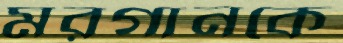
মরগানকে